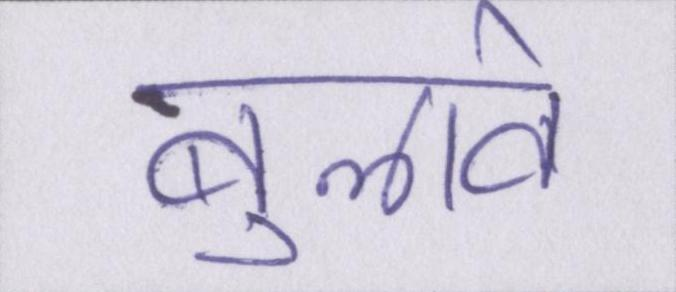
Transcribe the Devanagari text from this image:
बुलावे